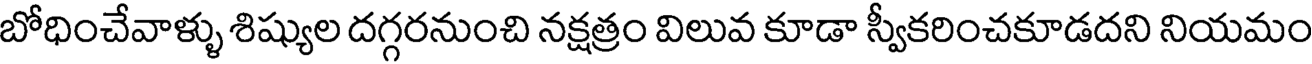
బోధించేవాళ్ళు శిష్యుల దగ్గరనుంచి నక్షత్రం విలువ కూడా స్వీకరించకూడదని నియమం